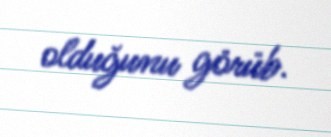
olduğunu görüb.